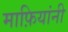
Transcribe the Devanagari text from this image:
माफ़ियांनी